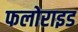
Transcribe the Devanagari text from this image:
फलोराइड